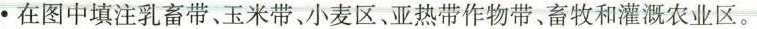
·在图中填注乳畜带、玉米带、小麦区、亚热带作物带、畜牧和灌溉农业区。